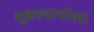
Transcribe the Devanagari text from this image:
शुक्राचार्याच्या